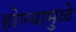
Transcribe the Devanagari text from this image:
होण्यामुळे